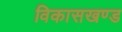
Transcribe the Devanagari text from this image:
विकासखण्‍ड